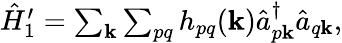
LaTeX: \begin{array}{r}{\hat{H}_{1}^{\prime}=\sum_{\mathbf k}\sum_{pq}h_{pq}(\mathbf k)\hat{a}_{p\mathbf k}^{\dagger}\hat{a}_{q\mathbf k},}\end{array}